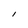
Character: l